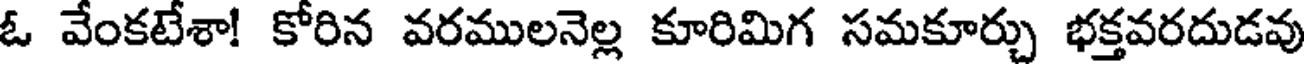
ఓ వేంకటేశా! కోరిన వరములనెల్ల కూరిమిగ సమకూర్చు భక్తవరదుడవు